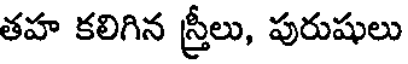
తహ కలిగిన స్త్రీలు, పురుషులు